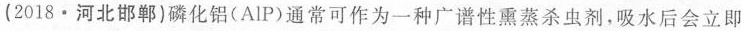
(2018·河北邯郸)磷化铝(AlP)通常可作为一种广谱性熏蒸杀虫剂，吸水后会立即